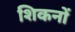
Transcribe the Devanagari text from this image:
शिकनों